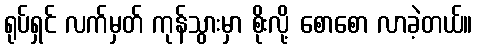
ရုပ်ရှင် လက်မှတ် ကုန်သွားမှာ စိုးလို့ စောစော လာခဲ့တယ်။